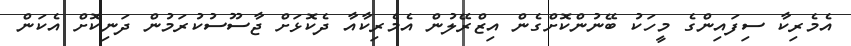
އެމެރިކާ ސިފައިންގެ މީހަކު ބޭނުންކޮށްގެން އިޒްރޭލުން އެމެރިކާއާ ދެކޮޅަށް ޖާސޫސުކުރަމުން ދަނިކޮށް އެކަން